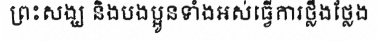
ព្រះសង្ឃ និងបងប្អូនទាំងអស់ធ្វើការថ្លឹងថ្លែង